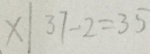
x \vert 3 7 - 2 = 3 5